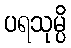
ပရသုမ္ပိ